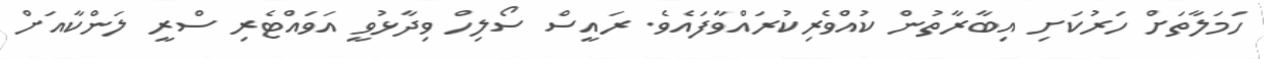
ހަމަލާތަށް ހަރުކަށި އިބާރާތުން ކުއްވެރިކުރައްވާފައެވެ. ރައީސް ސޯލިހް ވިދާޅުވީ އަވައްޓެރި ސްރީ ލަންކާއަށް